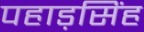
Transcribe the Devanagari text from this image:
पहाड़सिंह